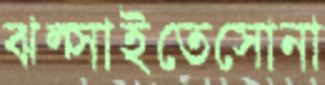
ঝল্‌সাইতেসোনা